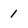
Character: 1